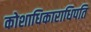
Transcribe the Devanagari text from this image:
कोशाधिकाराधिपति